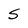
Character: s